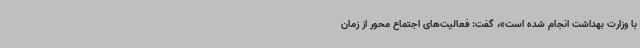
با وزارت بهداشت انجام شده است»، گفت: فعالیت‌های اجتماع محور از زمان